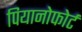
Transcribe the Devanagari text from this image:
पियानोफोर्ट